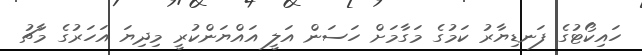
ހައިކޯޓުގެ ފަނޑިޔާރު ކަމުގެ މަގާމަށް ހަސަން އަލީ އައްޔަންކުރީ މިދިޔަ އަހަރުގެ މާޗު